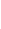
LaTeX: \! \! \! \! \! \! \! \! \! \! \! \varepsilon\! \! \! \! \! \! \! \! \! \! \! \! \in\! \! \! \! \! \! \! \! \! \! \! \! (\! \! \! \! \! \! \! \! \! \! \! \! 0\! \! \! \! \! \! \! \! \! \! \! \! ,\! \! \! \! \! \! \! \! \! \! \! \! \varepsilon\! \! \! \! \! \! \! \! \! \! \! \! _{\! \! \! \! \! \! \! \! \! \! \! \! \mathbf{x}\! \! \! \! \! \! \! \! \! \! \! \! _{\! }\! \! \! \! \! \! \! \! \! \! \! 0}\! \! \! \! \! \! \! \! \! \! \! \! )\! \! \! \! \! \! \! \! \! \! \!